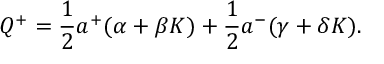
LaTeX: Q ^ { + } = \frac { 1 } { 2 } a ^ { + } ( \alpha + \beta K ) + \frac { 1 } { 2 } a ^ { - } ( \gamma + \delta K ) .